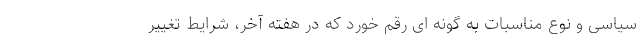
سیاسی و نوع مناسبات به گونه ای رقم خورد که در هفته آخر، شرایط تغییر